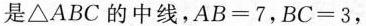
是\triangle ABC的中线AB=7，BC=3，